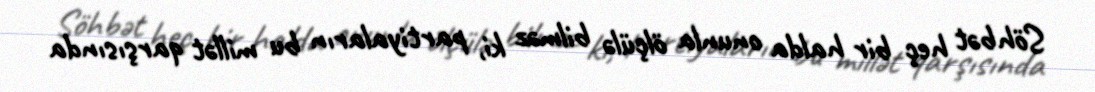
Söhbət heç bir halda onunla ölçülə bilməz ki, partiyaların bu millət qarşısında